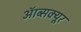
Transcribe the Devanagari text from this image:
ऑब्सक्यूर